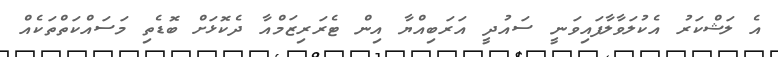
އެ ލަޝްކަރު އެކުލަވާލާފައިވަނީ ސައުދީ އަރަބިއްޔާ އިން ޓެރަރިޒަމްއާ ދެކޮޅަށް ބޮޑެތި މަސައްކަތްތަކެއް